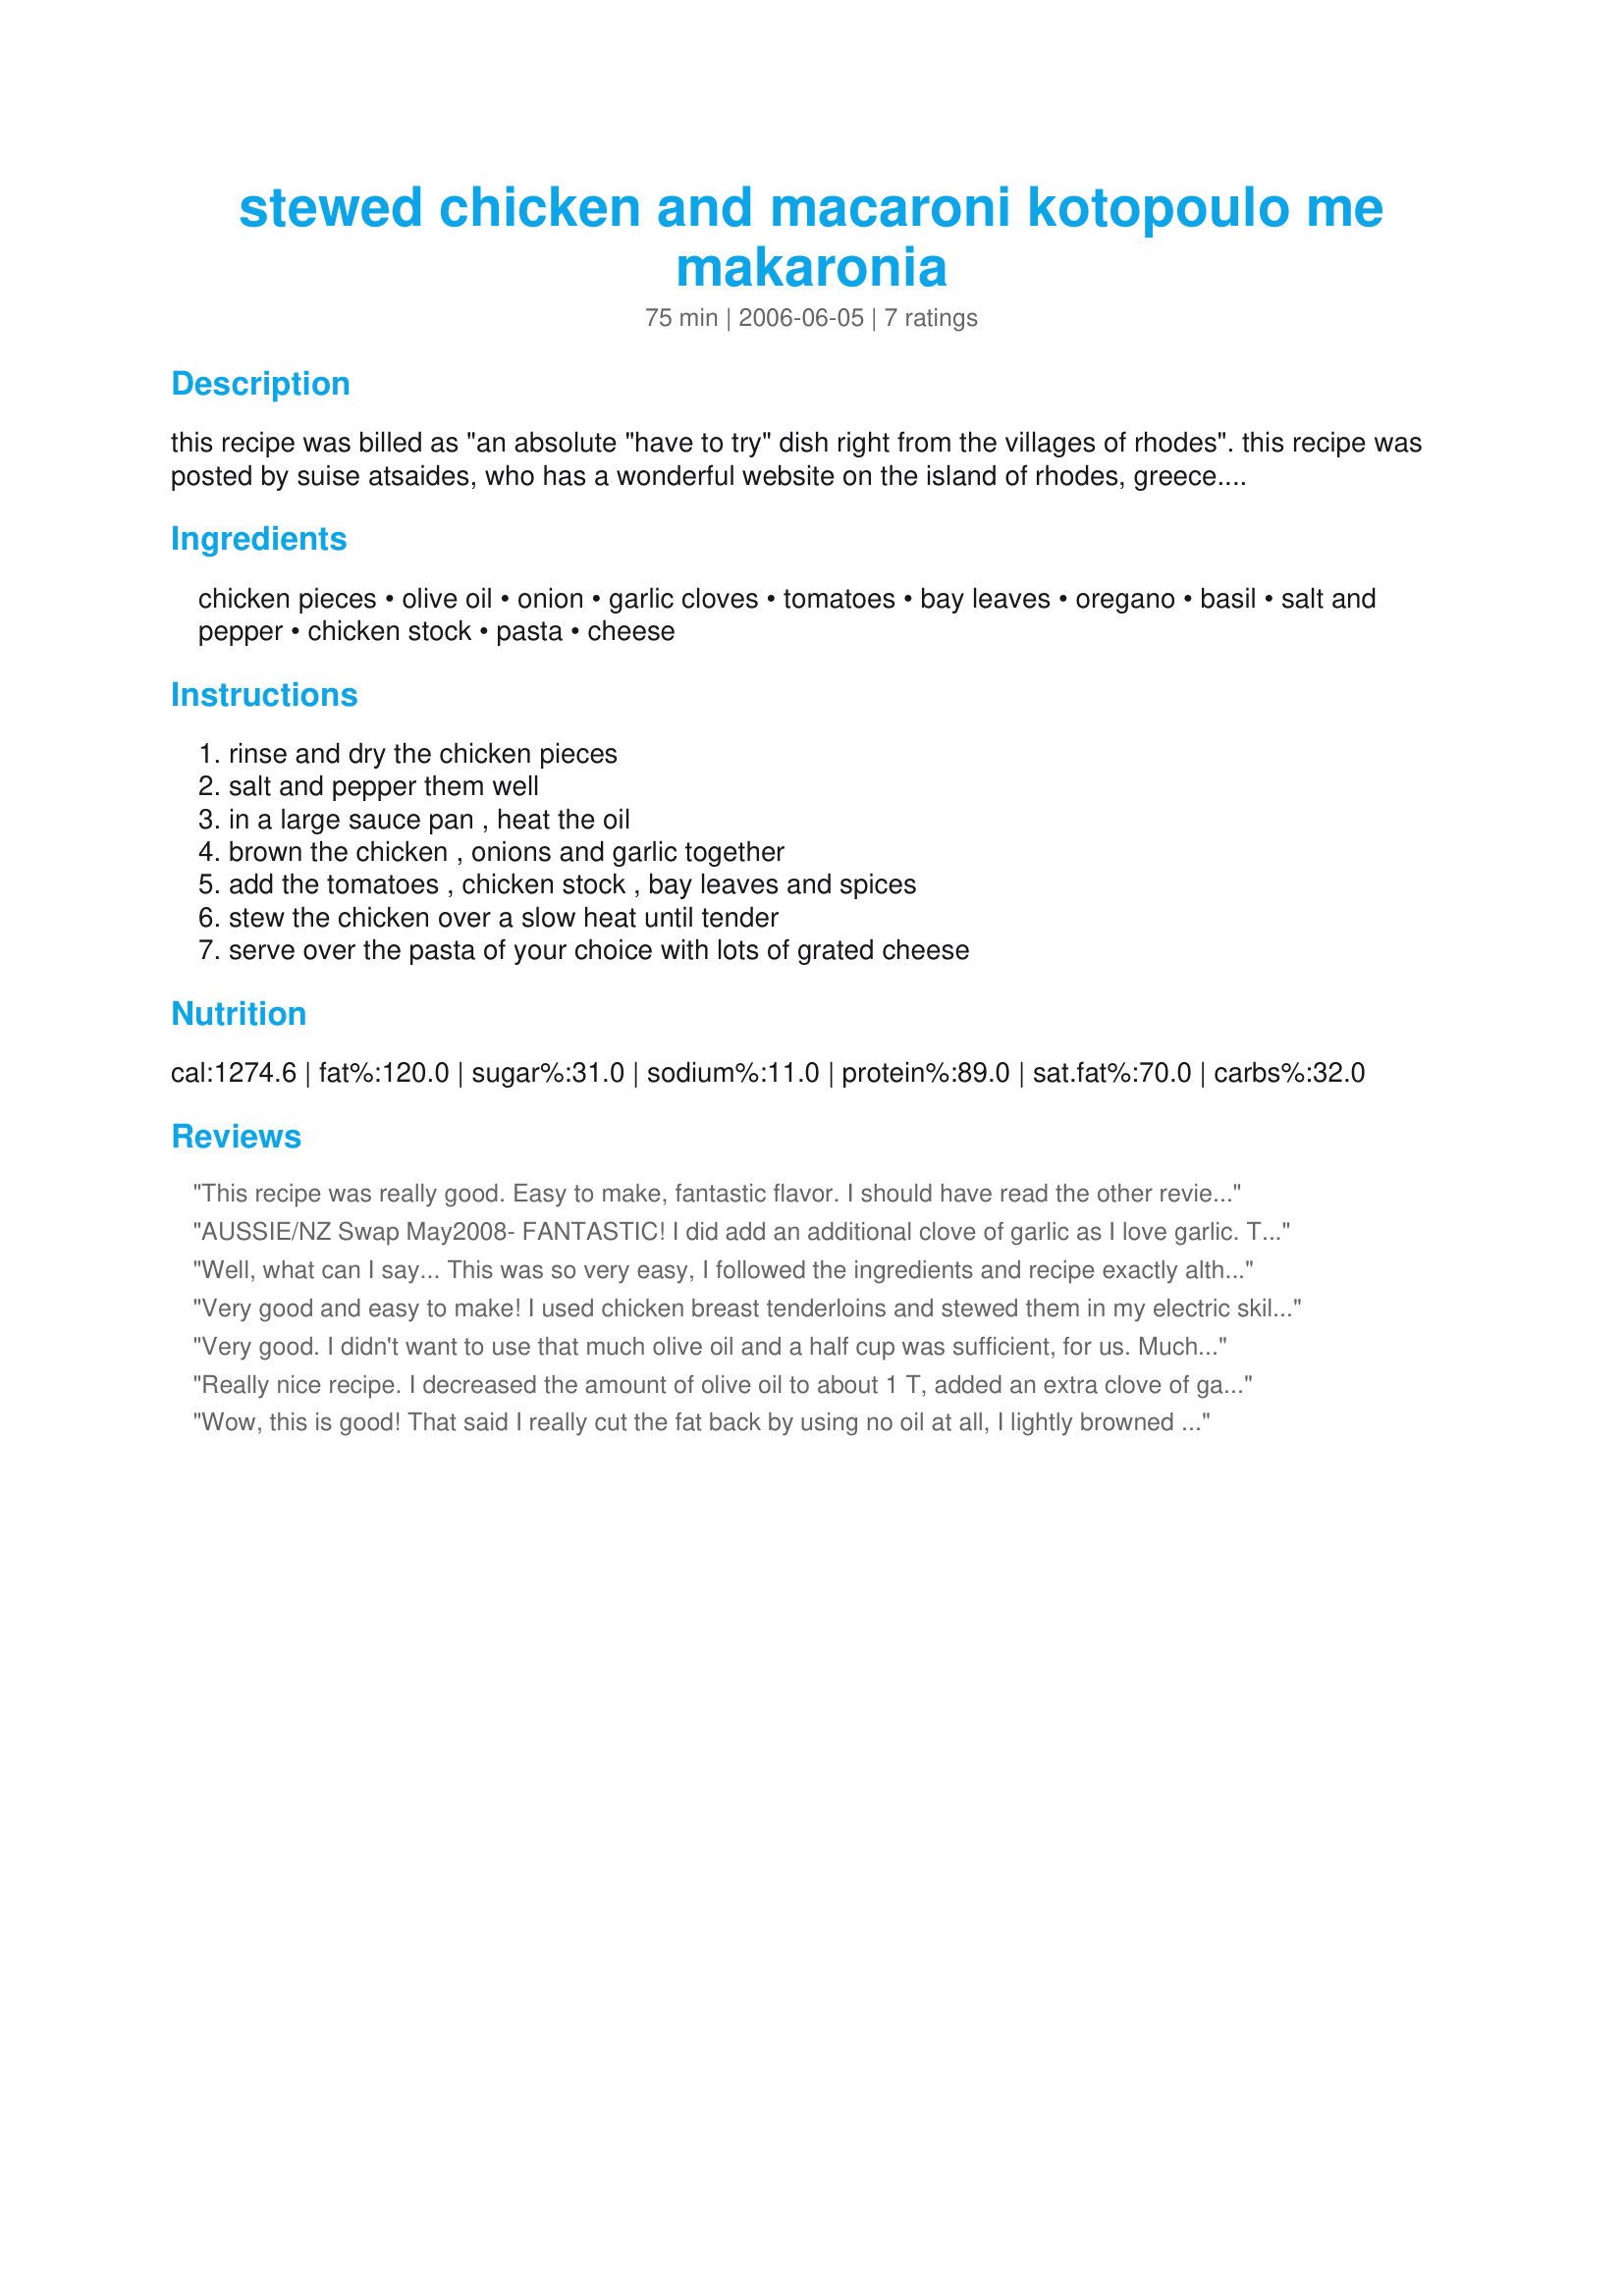
stewed chicken and macaroni kotopoulo me makaronia
Preparation time: 75 minutes

this recipe was billed as "an absolute "have to try" dish right from the villages of rhodes". this recipe was posted by suise atsaides, who has a wonderful website on the island of rhodes, greece. this recipe was posted for the zaar world tour 2006. i have not prepared this recipe yet and the prep and cook time are best guesstimate based on the recipe instructions.

Ingredients:
chicken pieces, olive oil, onion, garlic cloves, tomatoes, bay leaves, oregano, basil, salt and pepper, chicken stock, pasta, cheese

Steps:
rinse and dry the chicken pieces, salt and pepper them well, in a large sauce pan , heat the oil, brown the chicken , onions and garlic together, add the tomatoes , chicken stock , bay leaves and spices, stew the chicken over a slow heat until tender, serve over the pasta of your choice with lots of grated cheese

Reviews:
This recipe was really good. Easy to make, fantastic flavor. I should have read the other reviewers' comments first, as mine did come out very oily. You could easily reduce the olive oil to 1/2 cup as evelyn/athens suggested. We followed all directions and ingredients as posted and topped with fresh parm. Thanks, Kim!
AUSSIE/NZ Swap May2008-

FANTASTIC! I did add an additional clove of garlic as I love garlic. This reminds me of YiaYia's. Not quite the same but so similar it is going into my cookbook! LOVE IT!
Well, what can I say... This was so very easy, I followed the ingredients and recipe exactly although I also used canned tomato's. The stock reduced to a wonderful thick rich sauce, and it tasted absolutely fantastic. It was loved by all here, and as suggested I served with warm crusty bread. So very good, a keeper here Kim127..well done!!
Very good and easy to make! I used chicken breast tenderloins and stewed them in my electric skillet. Instead of fresh tomatoes I used a can of undrained stewed tomatoes. This is a nice change from regular sauce over pasta. Make sure to serve with warm crusty rolls for a wonderful meal!
Very good. I didn't want to use that much olive oil and a half cup was sufficient, for us. Much like the recipe I use. Lots of delicious sauce to serve over the pasta. Comfort food.
Really nice recipe. I decreased the amount of olive oil to about 1 T, added an extra clove of garlic, and some chopped green pepper (just personal preferences). I also added 1 T of tomato paste to help thicken the sauce up a bit towards the end of the simmering. The chicken was so tender and juicy and the sauce was lovely over some multigrain pasta. Thanks for a lovely and tasty dish!
Wow, this is good! That said I really cut the fat back by using no oil at all, I lightly browned chicken thighs (skinned and visible fat removed) in a skillet sprayed with Pam. I them added the onions, garlic and chopped tomato with the stock and seasonings turned the stove to min and left it on a slow simmer for an hr. The end result was very moist and tender chicken with a delicious sauce ( I did add a bit of cornstarch because I wanted it a little thicker). A very easy dish to make and enjoy. Kudo's Kim.
